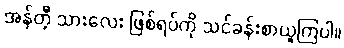
အန်တီ့ သားလေး ဖြစ်ရပ်ကို သင်ခန်းစာယူကြပါ။